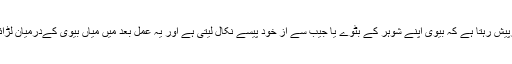
ایک مسئلہ جو ہمارے ہاں اکثر درپیش رہتا ہے کہ بیوی اپنے شوہر کے بٹوے یا جیب سے از خود پیسے نکال لیتی ہے اور یہ عمل بعد میں میاں بیوی کےدرمیان لڑائی جھگڑے کا باعث بھی بنتا ہے۔